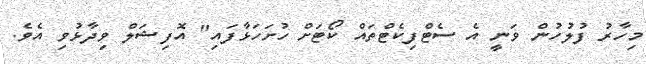
މިހާރު ފުލުހުން ވަނީ އެ ސެޓްފިކެޓްތައް ކޯޓަށް ހުށަހަޅާފައި" އޮފިޝަލް ވިދާޅުވި އެވެ.